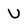
Character: u